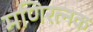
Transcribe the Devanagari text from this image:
मणिरत्‍नक